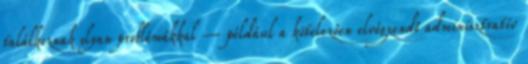
találkoznak olyan problémákkal – például a kötelezôen elvégzendô adminisztratív